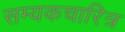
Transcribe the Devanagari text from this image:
सम्यकचारित्र